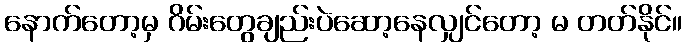
နောက်တော့မှ ဂိမ်းတွေချည်းပဲဆော့နေလျှင်တော့ မ တတ်နိုင်။